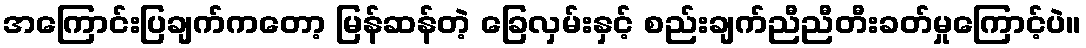
အကြောင်းပြချက်ကတော့ မြန်ဆန်တဲ့ ခြေလှမ်းနှင့် စည်းချက်ညီညီတီးခတ်မှုကြောင့်ပဲ။